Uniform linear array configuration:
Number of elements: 48
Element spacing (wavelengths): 0.5
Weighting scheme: uniform
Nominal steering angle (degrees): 0
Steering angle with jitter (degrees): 0.3581
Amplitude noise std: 0.05
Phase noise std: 0.05

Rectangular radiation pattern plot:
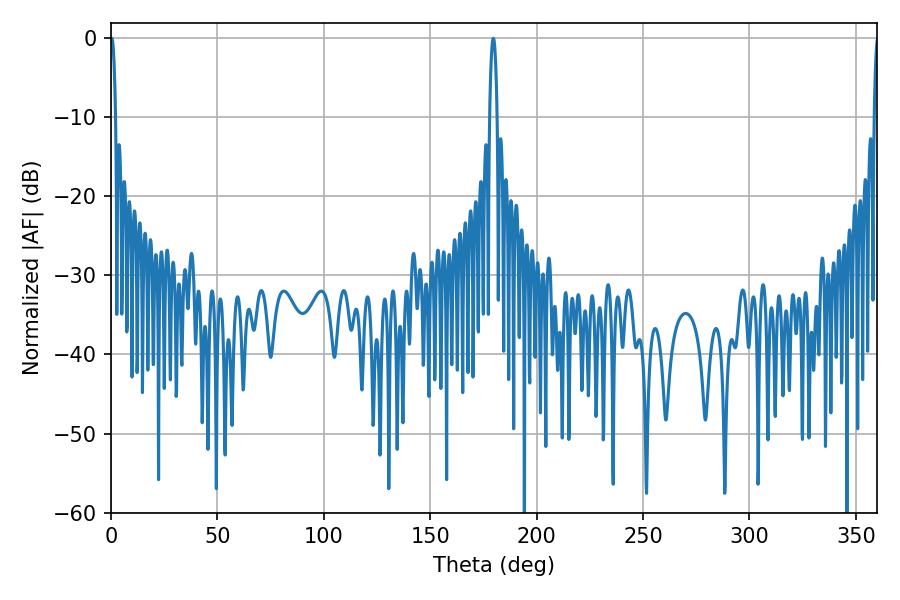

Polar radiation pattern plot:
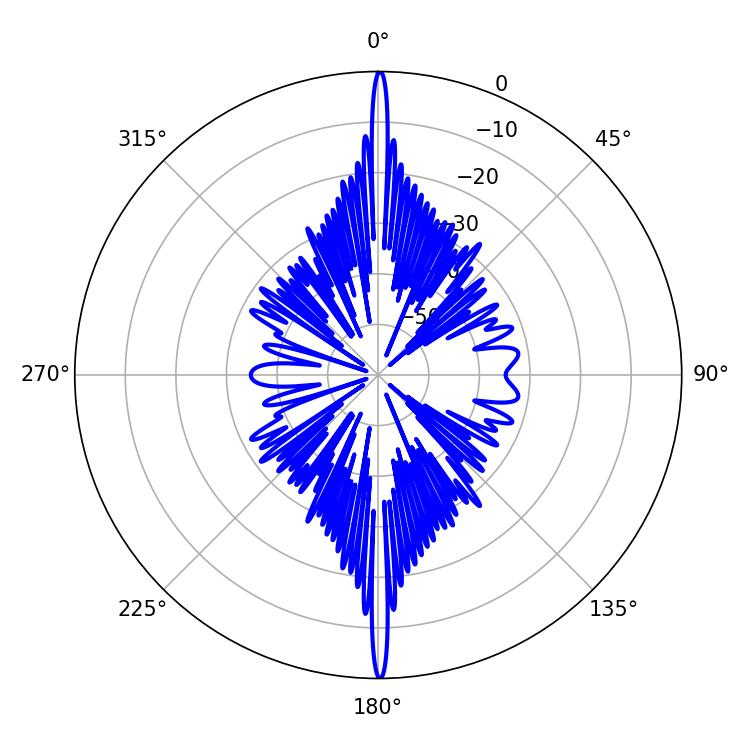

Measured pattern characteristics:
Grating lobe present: FALSE
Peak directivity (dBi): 33.928
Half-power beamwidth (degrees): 1.8
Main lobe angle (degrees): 179.64